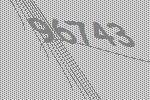
96743